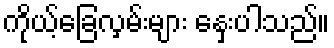
ကိုယ့်ခြေလှမ်းများ နှေးပါသည်။